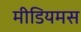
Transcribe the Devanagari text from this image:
मीडियमस